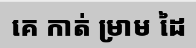
គេ កាត់ ម្រាម ដៃ